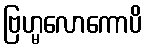
ဗြဟ္မလောကောပိ